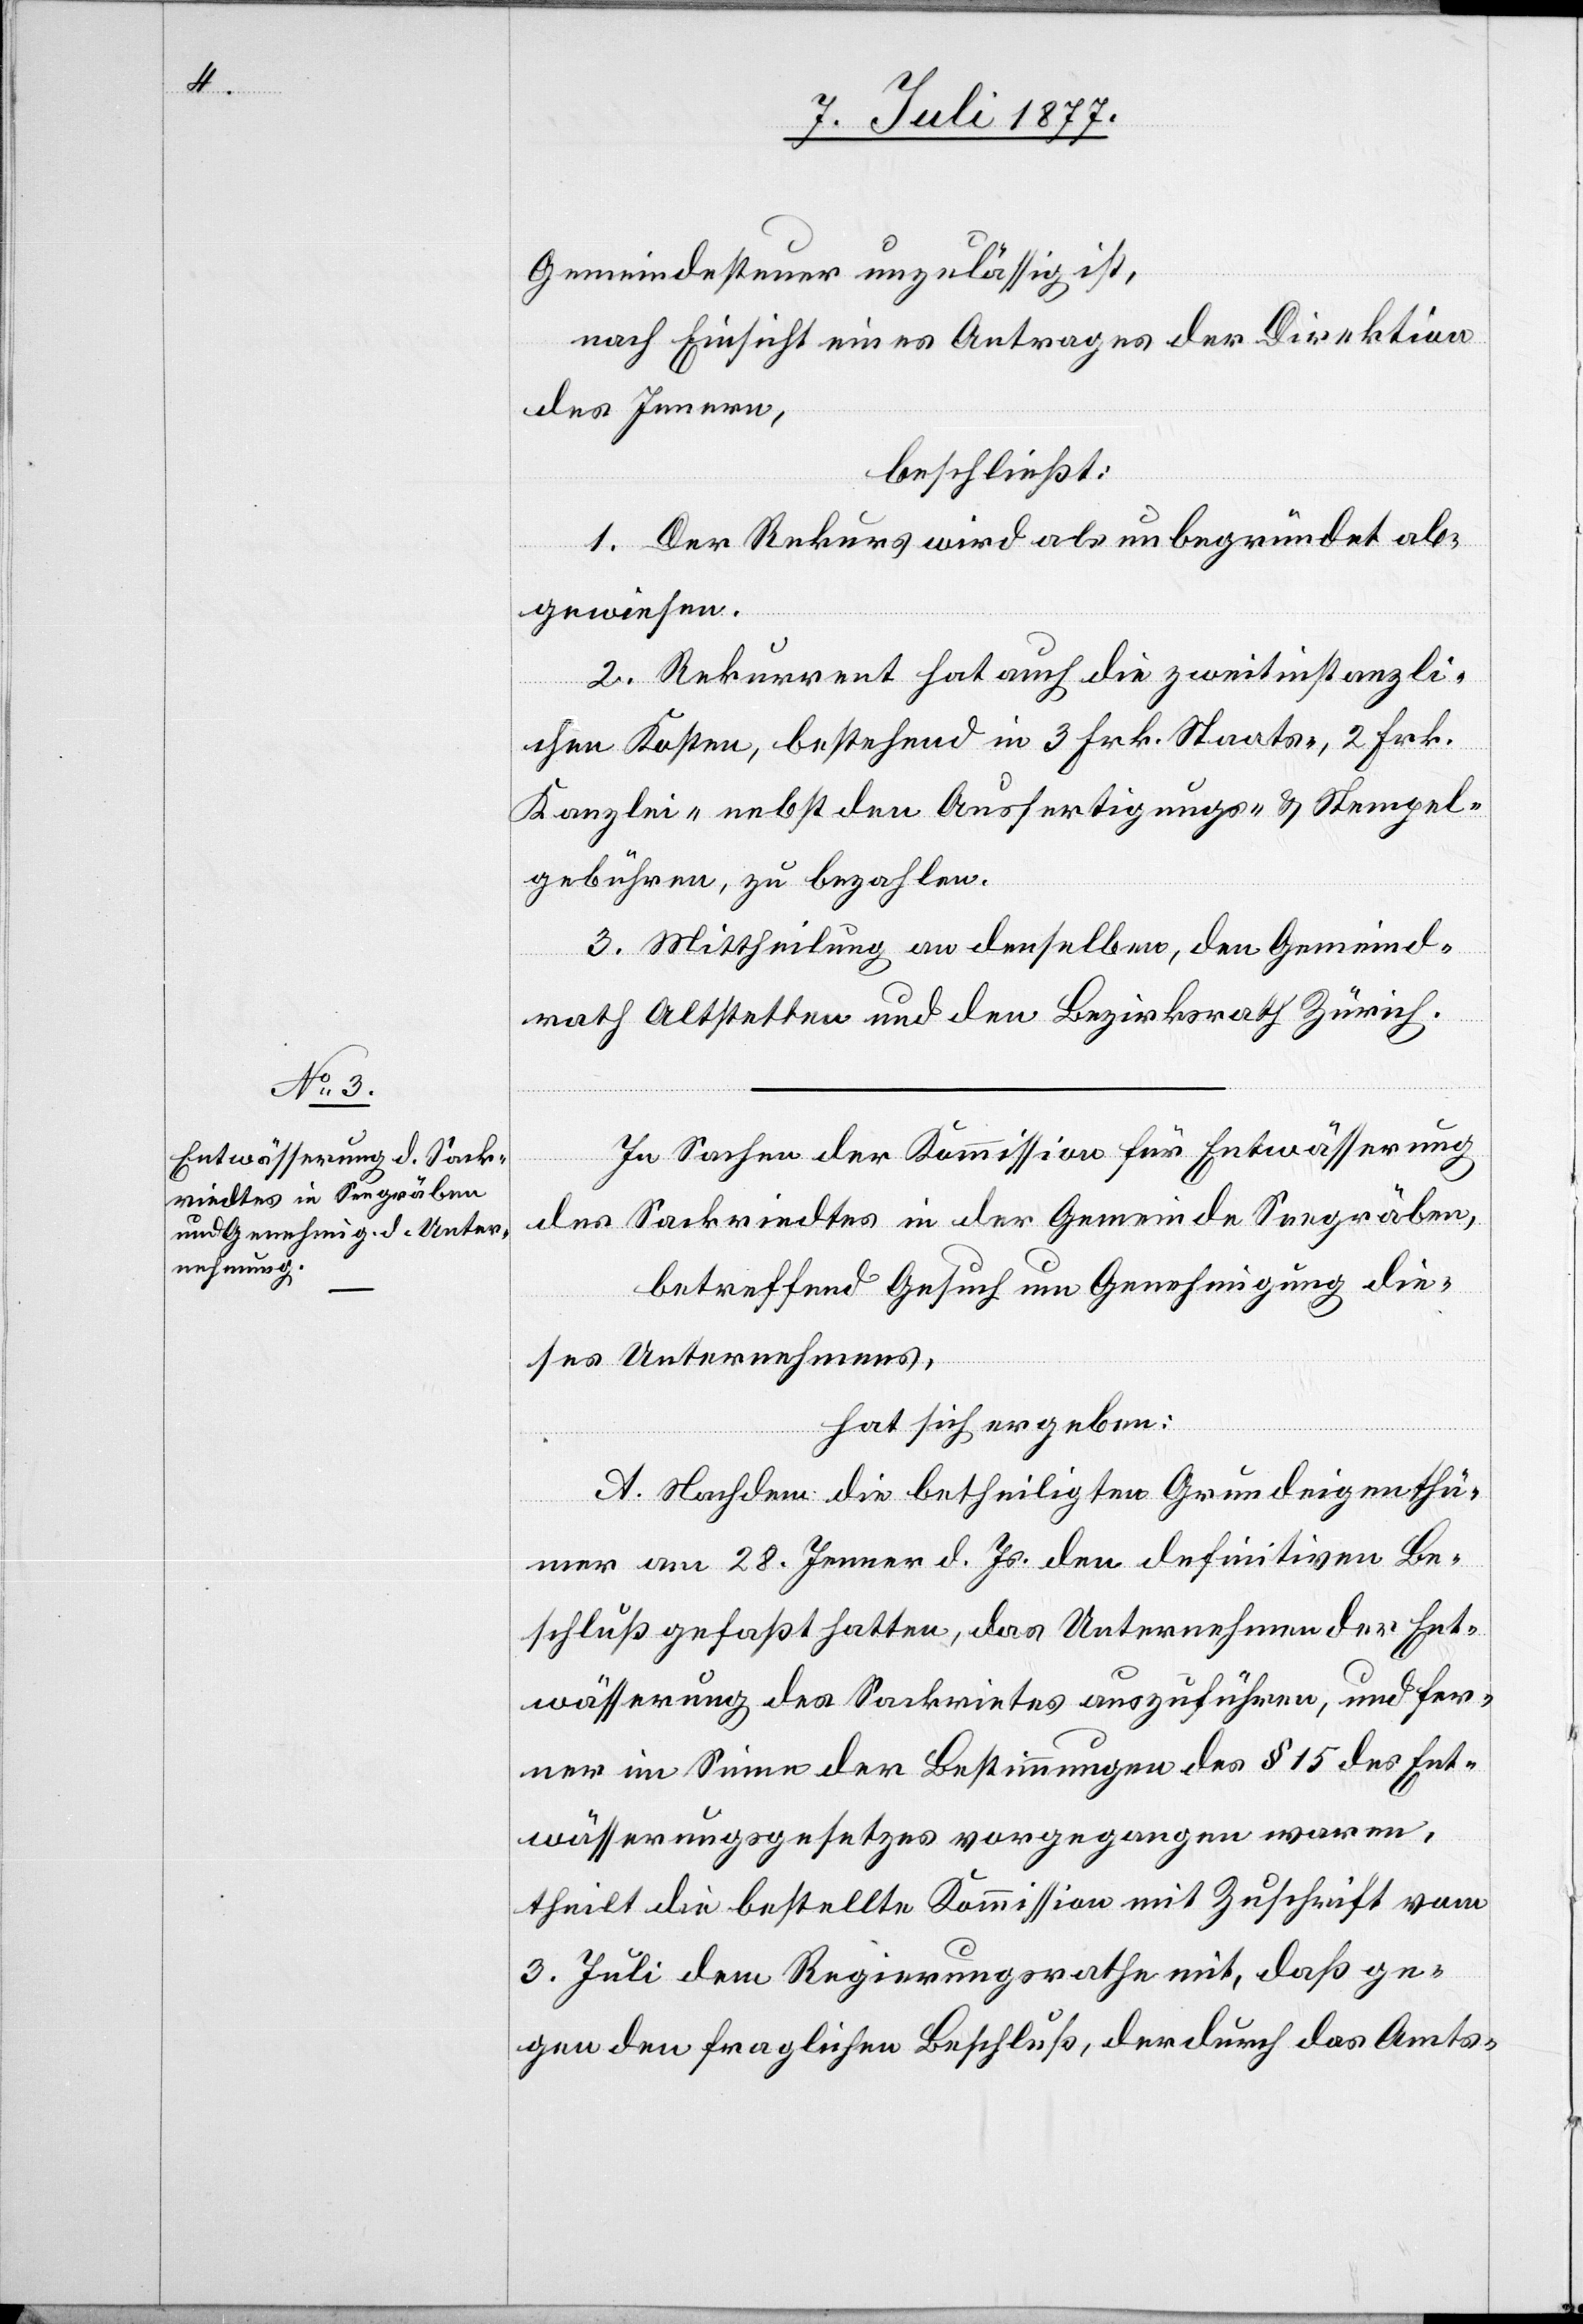
Gemeindesteuer unzulässig ist,
nach Einsicht eines Antrages der Direktion
des Innern,
beschließt:
1. Der Rekurs wird als unbegründet ab¬
gewiesen.
2. Rekurrent hat auch die zweitinstanzli¬
chen Kosten, bestehend in 3 Frk. Staats-, 2 Frk.
Kanzlei-[,] nebst den Ausfertigungs- & Stempel¬
gebühren, zu bezahlen.
3. Mittheilung an denselben, den Gemeind¬
rath Altstetten und den Bezirksrath Zürich.
In Sachen der Kommission für Entwässerung
des Sackriedtes in der Gemeinde Seegräben,
betreffend Gesuch um Genehmigung die¬
ses Unternehmens,
hat sich ergeben:
A. Nachdem die betheiligten Grundeigenthü¬
mer am 28. Jenner d. Js. den definitiven Be¬
schluß gefaßt hatten, das Unternehmen der Ent¬
wässerung des Sackrietes auszuführen, und fer¬
ner im Sinne der Bestimmungen des § 15 des Ent¬
wässerungsgesetzes vorgegangen waren,
theilt die bestellte Kommission mit Zuschrift vom
3. Juli dem Regierungsrathe mit, daß ge¬
gen den fraglichen Beschluß, der durch das Amts-